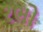
રભો